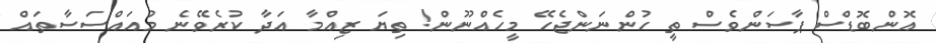
އޮންބޮޑްސް ޕާސަންވެސް ތީ ހުންނަންޖެހޭ މީހެއްނޫން! ތިޔަ ޒިއްމާ އަދާ ކުރެވޭނެ މުއައްސަސާތައް